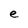
Character: e